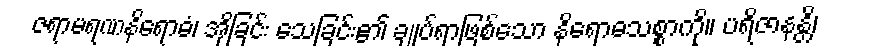
ဇရာမရဏနိရောဓံ၊ အိုခြင်း သေခြင်း၏ ချုပ်ရာဖြစ်သော နိရောဓသစ္စာကို။ ပရိဇာနန္တိ၊